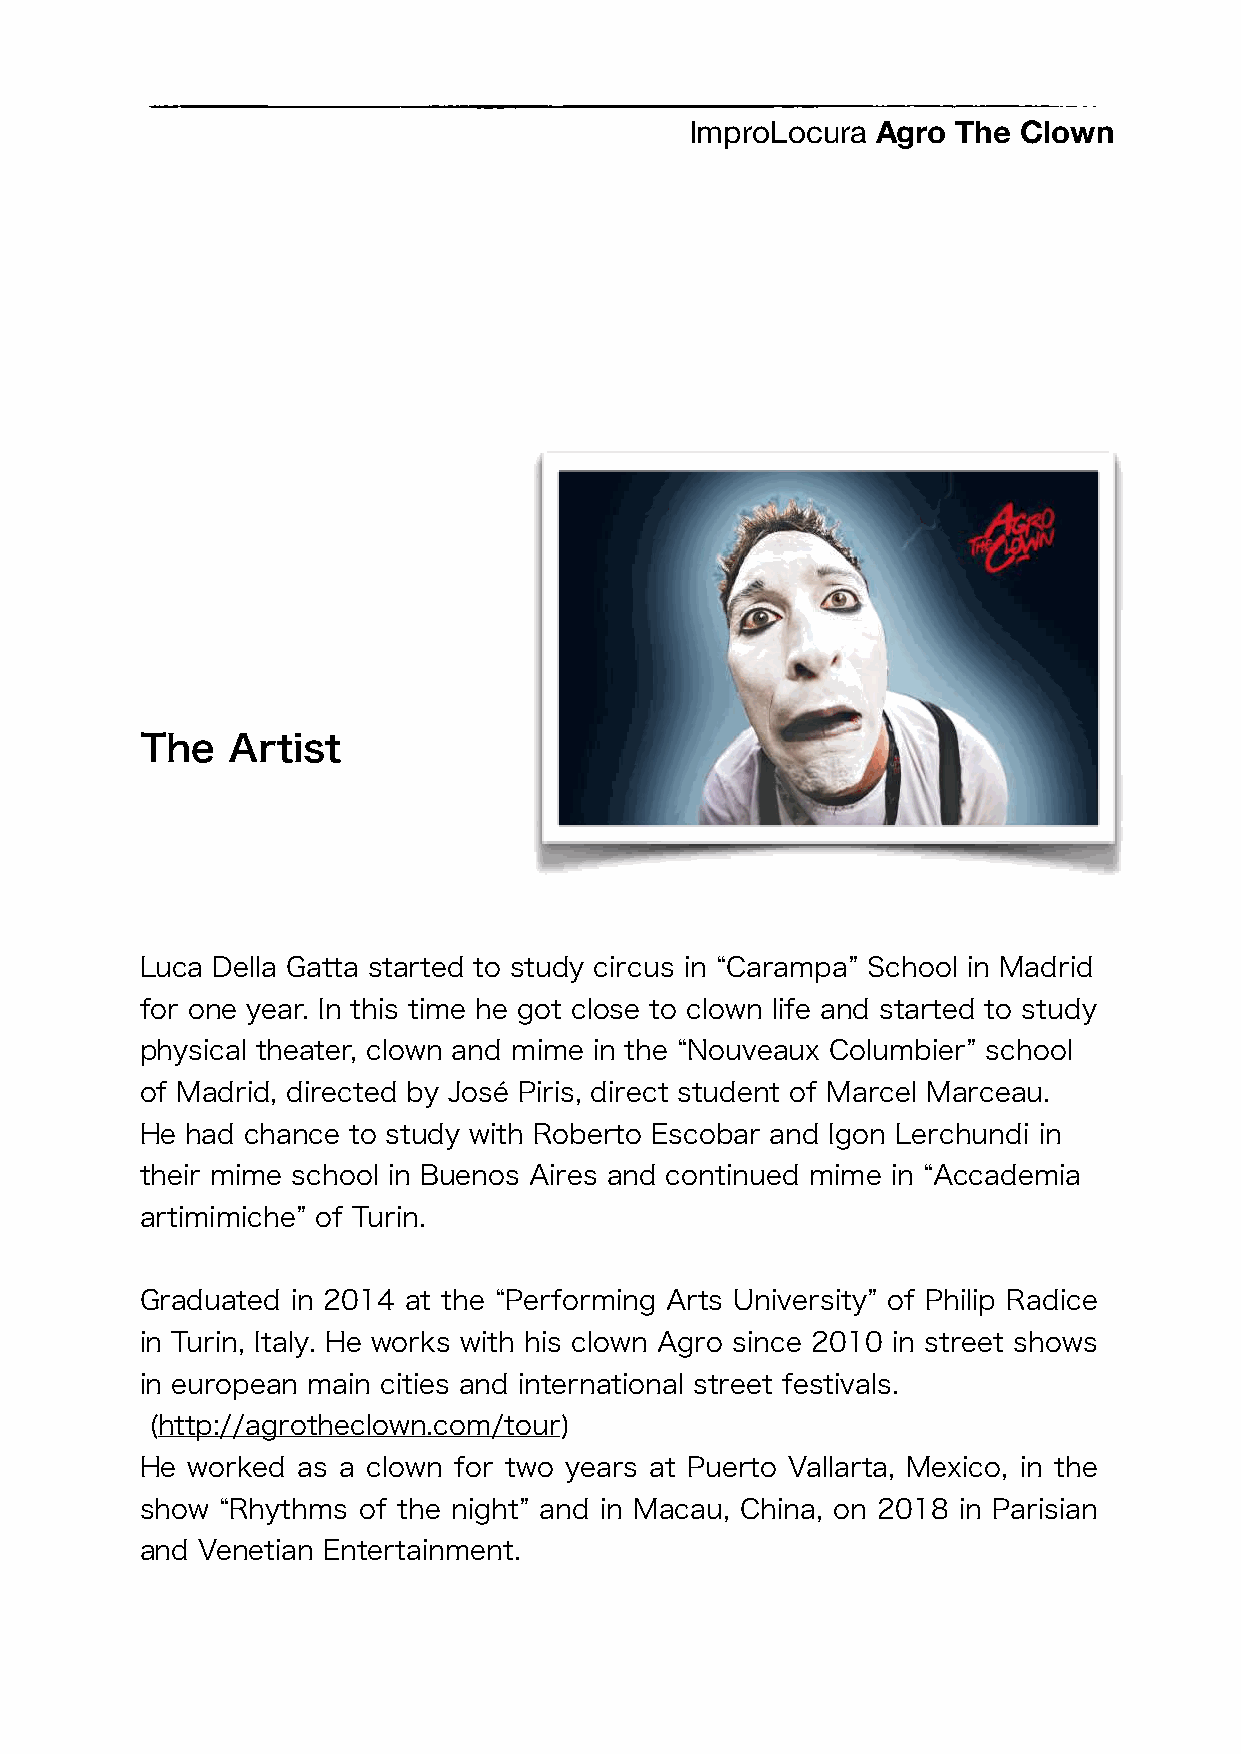
ImproLocura Agro The Clown
 The   Artist
 Luca Della Gatta started to study circus in “Carampa” School in Madrid
 for one year. In this time he got close to clown life and started to study
 physical theater, clown and mime in the “Nouveaux Columbier” school
 of Madrid, directed by José Piris, direct student of Marcel Marceau.
 He had chance to study with Roberto Escobar and Igon Lerchundi in
 their mime school in Buenos Aires and continued mime in “Accademia
 artimimiche” of Turin.
 Graduated in 2014 at the “Performing Arts University” of Philip Radice
 in Turin, Italy. He works with his clown Agro since 2010 in street shows
 in european main cities and international street festivals.
 (http://agrotheclown.com/tour)
 He worked  as a clown for two years at Puerto Vallarta, Mexico, in the
 show  “Rhythms of the night” and in Macau, China, on 2018 in Parisian
 and Venetian Entertainment.